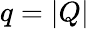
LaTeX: q=|Q|